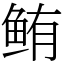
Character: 鲔